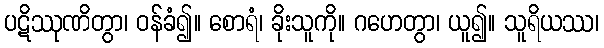
ပဋိဿုဏိတွာ၊ ဝန်ခံ၍။ စောရံ၊ ခိုးသူကို။ ဂဟေတွာ၊ ယူ၍။ သူရိယဿ၊